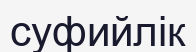
суфийлік